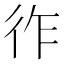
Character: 𢓓